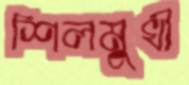
শিলমুখী